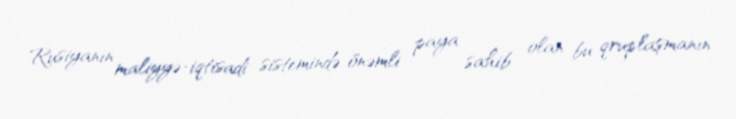
Rusiyanın maliyyə-iqtisadi sistemində önəmli paya sahib olan bu qruplaşmanın